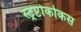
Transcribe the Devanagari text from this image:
स्ट्रप्टोकोकस